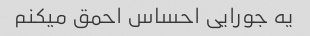
یه جورایی احساس احمق میکنم